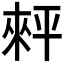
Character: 𢆠